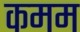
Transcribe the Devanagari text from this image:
कमम